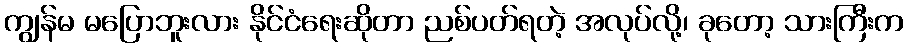
ကျွန်မ မပြောဘူးလား နိုင်ငံရေးဆိုတာ ညစ်ပတ်ရတဲ့ အလုပ်လို့၊ ခုတော့ သားကြီးက